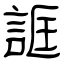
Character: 誆